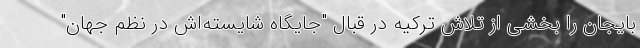
بایجان را بخشی از تلاش ترکیه در قبال "جایگاه شایسته‌اش در نظم جهان"